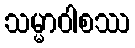
သမ္မာဝါစဿ